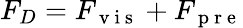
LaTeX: F_{D}=F_{\mathrm{~v~i~s~}}+F_{\mathrm{~p~r~e~}}